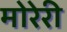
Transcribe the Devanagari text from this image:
मोरेरी